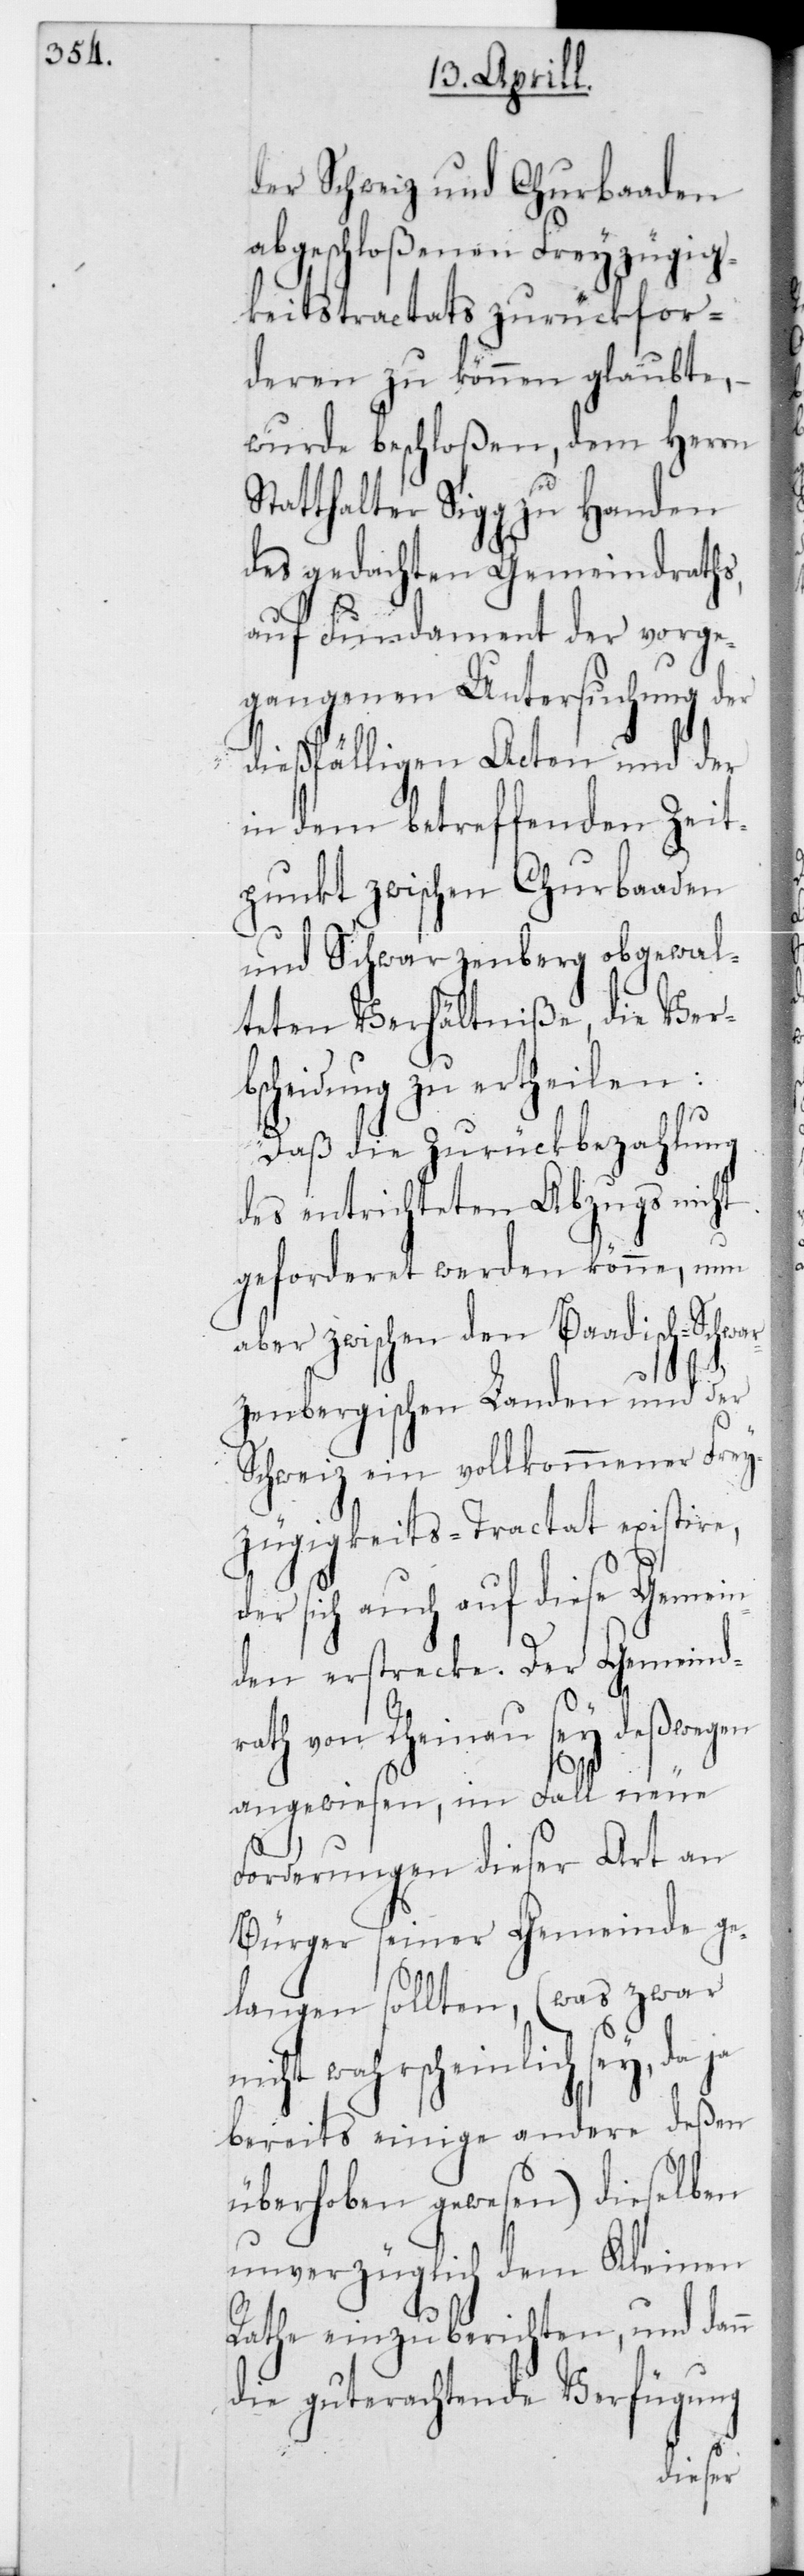
der Schweiz und Churbaaden
abgeschloßenen Freyzügig¬
keitstractats zurückfor¬
deren zu können glaubte,
wurde beschloßen, dem Herrn
Statthalter Sigg zu Handen
des gedachten Gemeindraths,
auf Fundament der vorge¬
gangenen Untersuchung der
dießfälligen Acten und der
in dem betreffenden Zeit¬
punkt zwischen Churbaaden
und Schwarzenberg obgewal¬
teten Verhältniße, die Verb¬
scheidung zu ertheilen:
Daß die Zurückbezahlung
des entrichteten Abzugs nicht
geforderet werden könne, nun
aber zwischen den Baadisch-Schwa¬
rzenbergischen Landen und der
Schweiz ein vollkommener Frey¬
zügigkeits-Tractat existire,
der sich auch auf diese Gemein¬
den erstrecke. Der Gemeind¬
rath von Rheinau sey deßwegen
angewiesen, im Fall neue
Forderungen dieser Art an
Bürger seiner Gemeinde ge¬
langen sollten, (was zwar
nicht wahrscheinlich sey, da
bereits einige andere deßen
überhoben gewesen) dieselben
unverzüglich dem Kleinen
Rathe einzuberichten, und dann
die guterachtende Verfügung